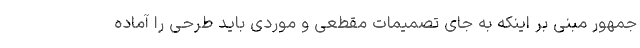
جمهور مبنی بر اینکه به جای تصمیمات مقطعی و موردی باید طرحی را آماده